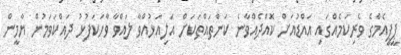
ޕީޕީއެމްގެ ވެރިކަމެއްގައި އައްޑުއަށް ކޮއްދެއްވާނެ ކަންތައްތަކަށް އަލިއަޅުއްވާ ލައްވާ ވާހަކަފުޅު ދައްކަވަމުން ޔާމީން